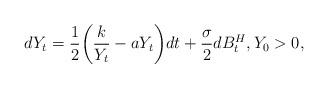
LaTeX: \begin{align*} \begin{gathered} dY_t=\frac{1}{2}\biggl(\frac{k}{Y_t}-aY_t \biggr)dt+\frac{\sigma}{2}dB_t^H,Y_0>0, \end{gathered} \end{align*}